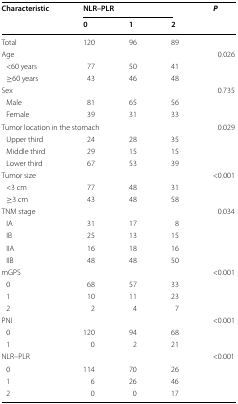
| <ROWSPAN=2> Characteristic | <COLSPAN=3> NLR–PLR | <ROWSPAN=2> P |
 | 0 | 1 | 2 |
 | --- | --- | --- | --- | --- |
 | Total | 120 | 96 | 89 |  |
 | <COLSPAN=4> Age | 0.026 |
 | <60 years | 77 | 50 | 41 |  |
 | ≥60 years | 43 | 46 | 48 |  |
 | <COLSPAN=4> Sex | 0.735 |
 | Male | 81 | 65 | 56 |  |
 | Female | 39 | 31 | 33 |  |
 | <COLSPAN=4> Tumor location in the stomach | 0.029 |
 | Upper third | 24 | 28 | 35 |  |
 | Middle third | 29 | 15 | 15 |  |
 | Lower third | 67 | 53 | 39 |  |
 | <COLSPAN=4> Tumor size | <0.001 |
 | <3 cm | 77 | 48 | 31 |  |
 | ≥3 cm | 43 | 48 | 58 |  |
 | <COLSPAN=4> TNM stage | 0.034 |
 | IA | 31 | 17 | 8 |  |
 | IB | 25 | 13 | 15 |  |
 | IIA | 16 | 18 | 16 |  |
 | IIB | 48 | 48 | 50 |  |
 | <COLSPAN=4> mGPS | <0.001 |
 | 0 | 68 | 57 | 33 |  |
 | 1 | 10 | 11 | 23 |  |
 | 2 | 2 | 4 | 7 |  |
 | <COLSPAN=4> PNI | <0.001 |
 | 0 | 120 | 94 | 68 |  |
 | 1 | 0 | 2 | 21 |  |
 | <COLSPAN=4> NLR–PLR | <0.001 |
 | 0 | 114 | 70 | 26 |  |
 | 1 | 6 | 26 | 46 |  |
 | 2 | 0 | 0 | 17 |  |